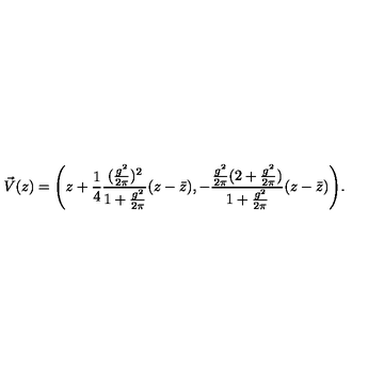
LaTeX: \vec { V } ( z ) = \Biggl ( z + { \frac { 1 } { 4 } } { \frac { ( { \frac { g ^ { 2 } } { 2 \pi } } ) ^ { 2 } } { 1 + { \frac { g ^ { 2 } } { 2 \pi } } } } ( z - \bar { z } ) , - { \frac { { \frac { g ^ { 2 } } { 2 \pi } } ( 2 + { \frac { g ^ { 2 } } { 2 \pi } } ) } { 1 + { \frac { g ^ { 2 } } { 2 \pi } } } } ( z - \bar { z } ) \Biggr ) .